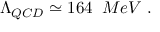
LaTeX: \Lambda _ { Q C D } \simeq 1 6 4 \; \; M e V \; .